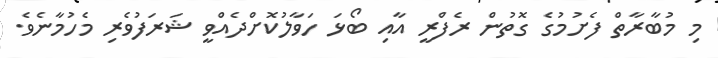
މި މުބާރާތް ފެށުމުގެ ގޮތުން ރެފްރީ އާއި ބޯޅަ ހަވާލުކޮށްދެއްވީ ޝަރަފުވެރި މެހުމާނެވެ.